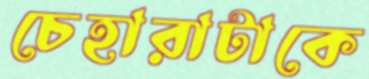
চেহারাটাকে